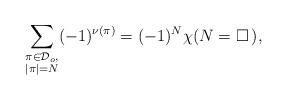
LaTeX: \begin{align*}\sum_{\substack{\pi\in\mathcal{D}_o,\\ |\pi|=N}} (-1)^{\nu(\pi)} = (-1)^N \chi(N = \square\, ),\end{align*}